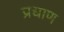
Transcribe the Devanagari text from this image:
प्रधाण